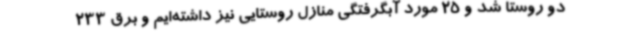
دو روستا شد و 25 مورد آبگرفتگی منازل روستایی نیز داشته‌ایم و برق 233